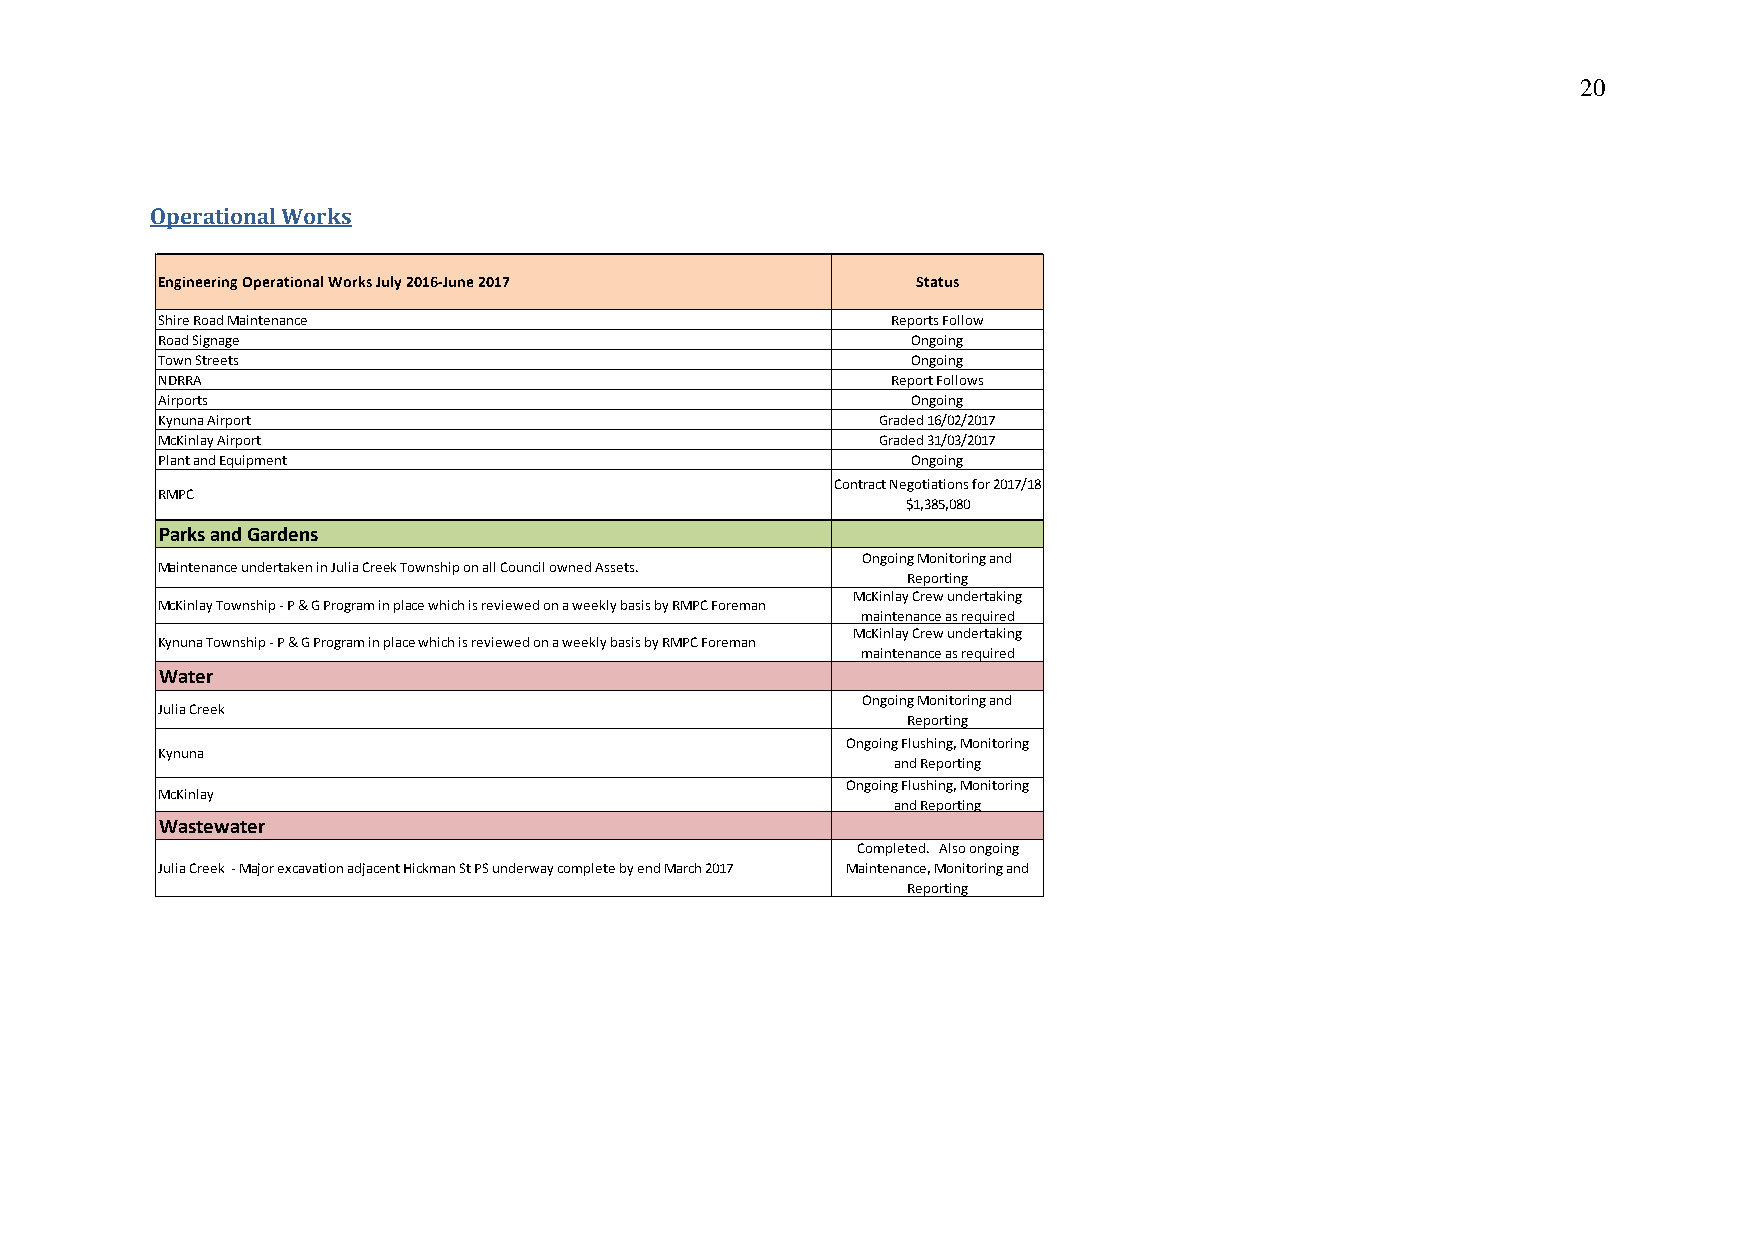
20
 Operational Works
 Engineering Operational Works July 2016-June 2017  Status
 Shire Road Maintenance                           Reports Follow
 Road Signage                                      Ongoing
 Town Streets                                      Ongoing
 NDRRA                                            Report Follows
 Airports                                          Ongoing
 Kynuna Airport                                  Graded 16/02/2017
 McKinlay Airport                                Graded 31/03/2017
 Plant and Equipment                               Ongoing
 Contract Negotiations for 2017/18
 RMPC
 $1,385,080
 Parks and Gardens
 Ongoing Monitoring and
 Maintenance undertaken in Julia Creek Township on all Council owned Assets.
 Reporting
 McKinlay Crew undertaking
 McKinlay Township - P & G Program in place which is reviewed on a weekly basis by RMPC Foreman
 maintenance as required
 McKinlay Crew undertaking
 Kynuna Township - P & G Program in place which is reviewed on a weekly basis by RMPC Foreman
 maintenance as required
 Water
 Ongoing Monitoring and
 Julia Creek
 Reporting
 Ongoing Flushing, Monitoring
 Kynuna
 and Reporting
 Ongoing Flushing, Monitoring
 McKinlay
 and Reporting
 Wastewater
 Completed. Also ongoing
 Julia Creek - Major excavation adjacent Hickman St PS underway complete by end March 2017 Maintenance, Monitoring and
 Reporting